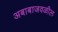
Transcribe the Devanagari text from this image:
अबाबाजवळील